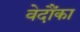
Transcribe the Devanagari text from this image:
वेदौंका